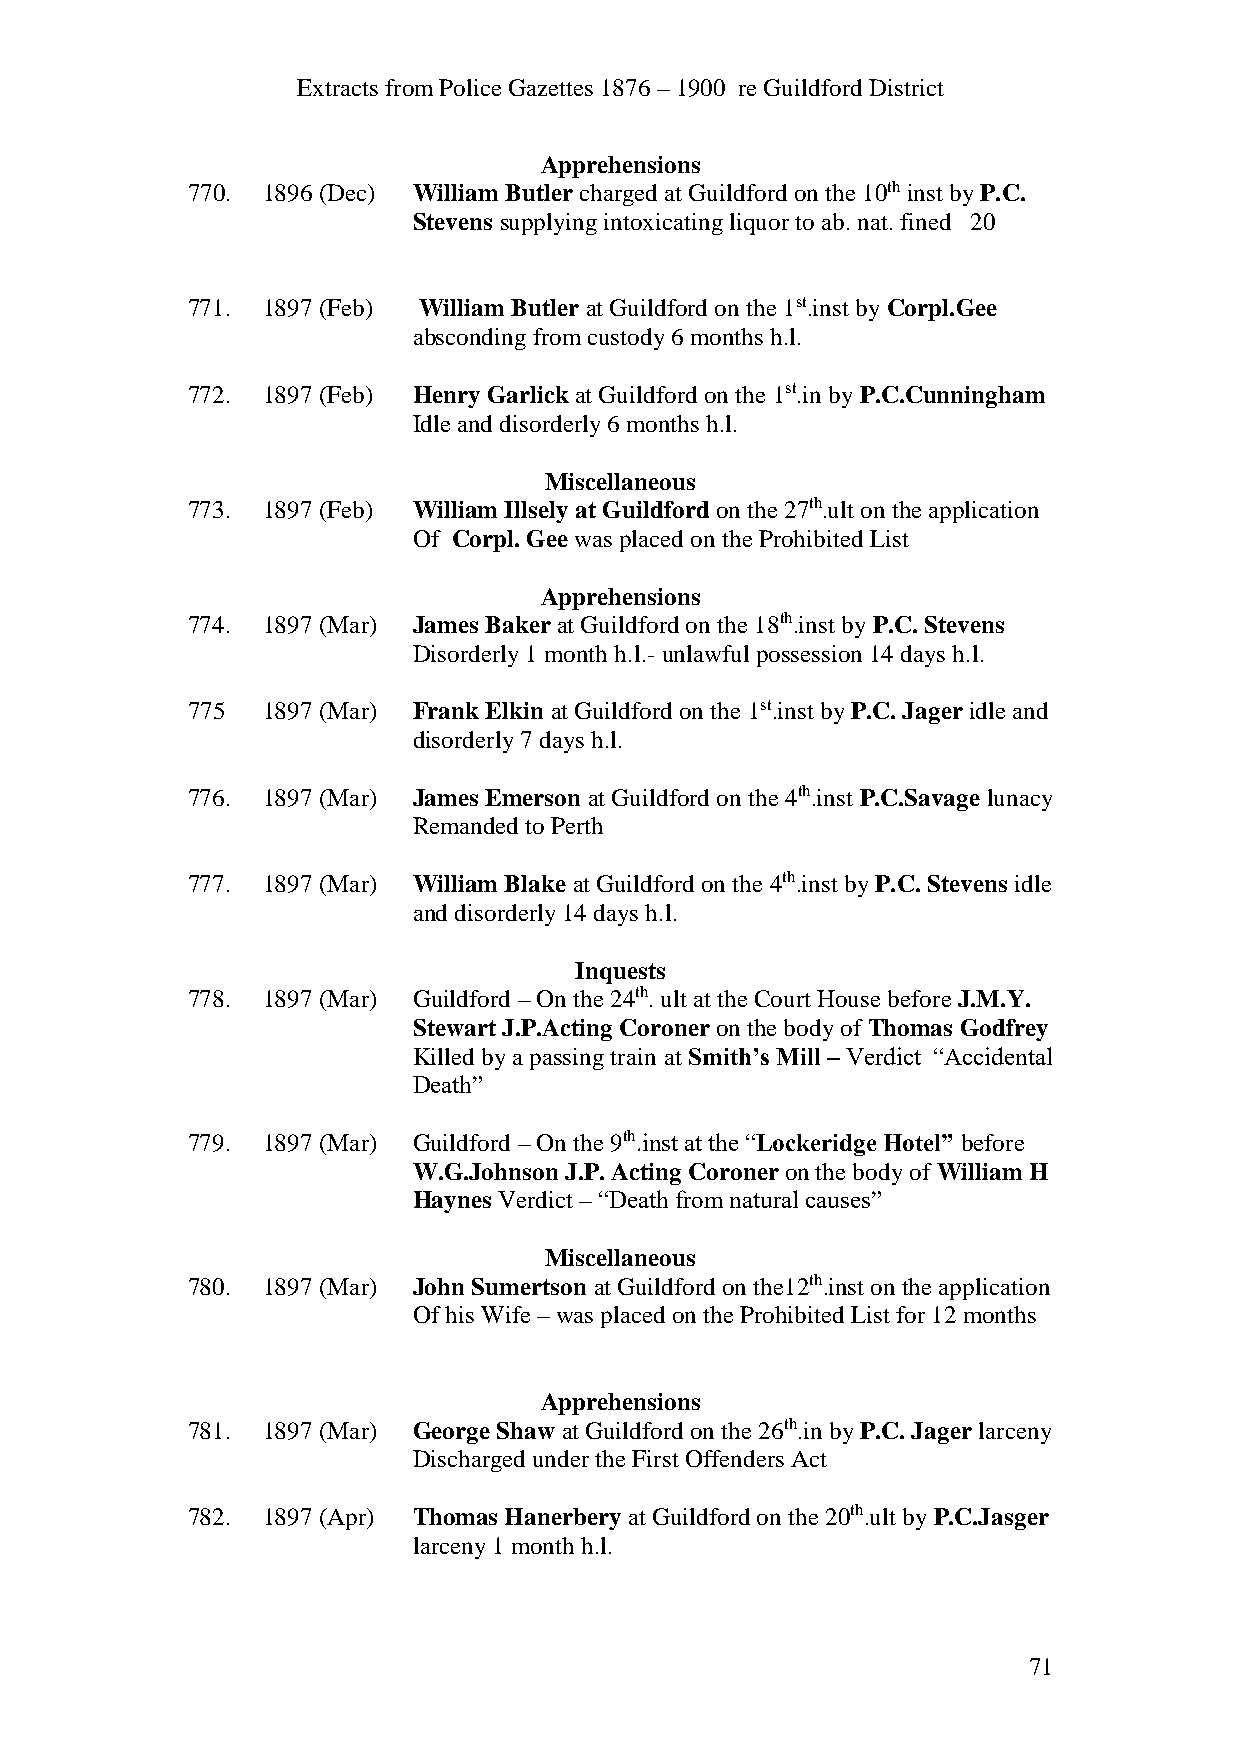
Extracts from Police Gazettes 1876 – 1900 re Guildford District
 Apprehensions
 770. 1896 (Dec) William Butler charged at Guildford on the 10th inst by P.C.
 Stevens supplying intoxicating liquor to ab. nat. fined 20
 771. 1897 (Feb) William Butler at Guildford on the 1st.inst by Corpl.Gee
 absconding from custody 6 months h.l.
 772. 1897 (Feb) Henry Garlick at Guildford on the 1st.in by P.C.Cunningham
 Idle and disorderly 6 months h.l.
 Miscellaneous
 773. 1897 (Feb) William Illsely at Guildford on the 27th.ult on the application
 Of Corpl. Gee was placed on the Prohibited List
 Apprehensions
 774. 1897 (Mar) James Baker at Guildford on the 18th.inst by P.C. Stevens
 Disorderly 1 month h.l.- unlawful possession 14 days h.l.
 775  1897 (Mar) Frank Elkin at Guildford on the 1st.inst by P.C. Jager idle and
 disorderly 7 days h.l.
 776. 1897 (Mar) James Emerson at Guildford on the 4th.inst P.C.Savage lunacy
 Remanded to Perth
 777. 1897 (Mar) William Blake at Guildford on the 4th.inst by P.C. Stevens idle
 and disorderly 14 days h.l.
 Inquests
 778. 1897 (Mar) Guildford – On the 24th. ult at the Court House before J.M.Y.
 Stewart J.P.Acting Coroner on the body of Thomas Godfrey
 Killed by a passing train at Smith’s Mill – Verdict “Accidental
 Death”
 779. 1897 (Mar) Guildford – On the 9th.inst at the “Lockeridge Hotel” before
 W.G.Johnson J.P. Acting Coroner on the body of William H
 Haynes Verdict – “Death from natural causes”
 Miscellaneous
 780. 1897 (Mar) John Sumertson at Guildford on the12th.inst on the application
 Of his Wife – was placed on the Prohibited List for 12 months
 Apprehensions
 781. 1897 (Mar) George Shaw at Guildford on the 26th.in by P.C. Jager larceny
 Discharged under the First Offenders Act
 782. 1897 (Apr) Thomas Hanerbery at Guildford on the 20th.ult by P.C.Jasger
 larceny 1 month h.l.
 71